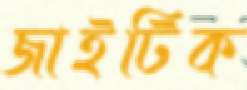
জাইটিক